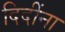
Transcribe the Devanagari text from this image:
दिदींना